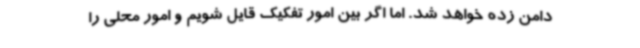
دامن زده خواهد شد. اما اگر بین امور تفکیک قایل شویم و امور محلی را